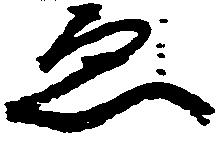
ゑ